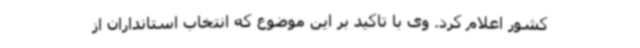
کشور اعلام کرد. وی با تاکید بر این موضوع که انتخاب استانداران از